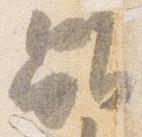
雖